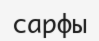
сарфы